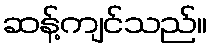
ဆန့်ကျင်သည်။